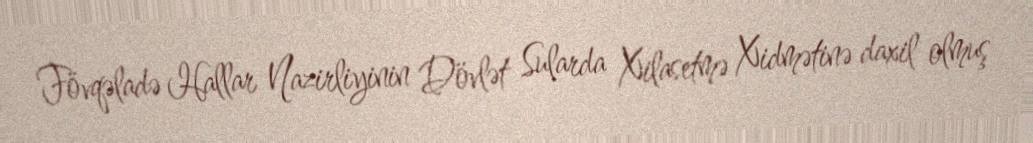
Fövqəladə Hallar Nazirliyinin Dövlət Sularda Xilasetmə Xidmətinə daxil olmuş